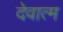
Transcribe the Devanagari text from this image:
देवात्म